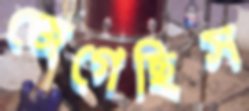
জেগেছিস